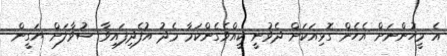
އެ މީހުންނަށް އެހެން ގޮޅިއަކަށް ދެވުނީ ކީއްވެގެންކަމާ މެދު އުފެދިފައިވާ ސުވާލަށް ޔަގީން